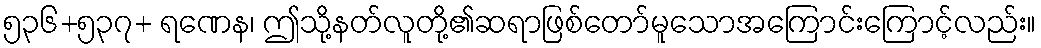
၅၃၆+၅၃၇+ ရဏေန၊ ဤသို့နတ်လူတို့၏ဆရာဖြစ်တော်မူသောအကြောင်းကြောင့်လည်း။